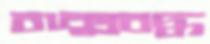
বাক্সবদ্ধ